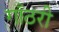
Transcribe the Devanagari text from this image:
गाँठरी